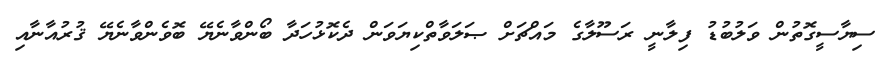
ސިޔާސީގޮތުން ވަލުބުޑު ފިލާނީ ރަސޫލާގެ މައްޗަށް ޞަލަވާތްކިޔަވަން ދެކޮޅުހަދާ ބޯންވާނެޔޭ ބޮވެންވާނެޔޭ ޤުރުއާނާއި